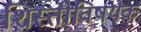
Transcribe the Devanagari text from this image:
शिस्तीविषयक